Annual administration report of the Civil Veterinary Department of India - 1896-1897
Year: 1896
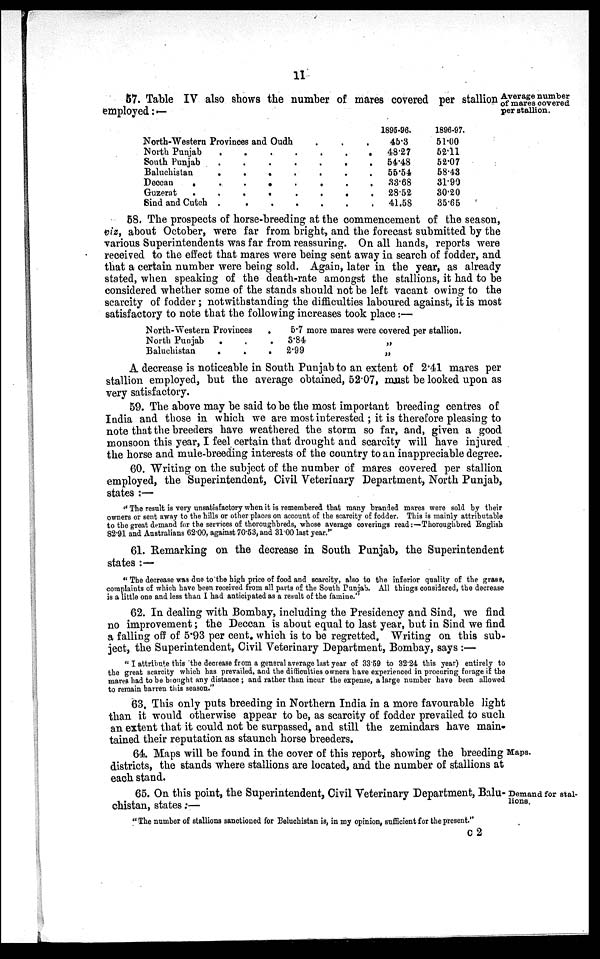
11
Average number
of mares covered
per stallion.
57. Table IV also shows the number of mares covered per stallion
employed:—
North-Western Provinces and Oudh . . . .
North Punjab
.
.
.
.
.
.
.
.
South Punjab . . . . . . . .
Baluchistan
.
.
.
.
.
.
.
.
Deccan
.
.
.
.
.
.
.
.
Guzerat
.
.
.
.
.
.
.
.
.
Sind and Cutch
.
.
.
.
.
.
.
.
1895-96.
45.3
48.27
54.48
55.54
33.68
28.52
41.58
1896-97.
51.00
52.11
52.07
58.43
31.90
30.20
35.65
58, The prospects of horse-breeding at the commencement of the season,
viz, about October, were far from bright, and the forecast submitted by the
various Superintendents was far from reassuring. On all hands, reports were
received to the effect that mares were being sent away in search of fodder, and
that a certain number were being sold. Again, later in the year, as already
stated, when speaking of the death-rate amongst the stallions, it had to be
considered whether some of the stands should not be left vacant owing to the
scarcity of fodder; notwithstanding the difficulties laboured against, it is most
satisfactory to note that the following increases took place:—
North-Western Provinces
.
North Punjab
.
.
.
Baluchistan
.
.
.
5.7 more mares were covered per stallion.
3.84 „
2.99 „
A decrease is noticeable in South Punjab to an extent of 2.41 mares per
stallion employed, but the average obtained, 52.07, must be looked upon as
very satisfactory.
59. The above may be said to be the most important breeding centres of
India and those in which we are most interested; it is therefore pleasing to
note that the breeders have weathered the storm so far, and, given a good
monsoon this year, I feel certain that drought and scarcity will have injured
the horse and mule-breeding interests of the country to an inappreciable degree.
60. Writing on the subject of the number of mares covered per stallion
employed, the Superintendent, Civil Veterinary Department, North Punjab,
states:—
"The result is very unsatisfactory when it is remembered that many branded mares were sold by their
owners or sent away to the hills or other places on account of the scarcity of fodder. This is mainly attributable
to the great demand for the services of thoroughbreds, whose average coverings read:—Thoroughbred English
82.91 and Australians 62.00, against 70.53, and 31.00 last year."
61. Remarking on the decrease in South Punjab, the Superintendent
states:—
"The decrease was due to the high price of food and scarcity, also to the inferior quality of the grass,
complaints of which have been received from all parts of the South Punjab. All things considered, the decrease
is a little one and less than I had anticipated as a result of the famine."
62. In dealing with Bombay, including the Presidency and Sind, we find
no improvement; the Deccan is about equal to last year, but in Sind we find
a falling off of 5.93 per cent. which is to be regretted, Writing on this sub-
ject, the Superintendent, Civil Veterinary Department, Bombay, says:—
"I attribute this the decrease from a general average last year of 33.59 to 32.24 this year) entirely to
the great scarcity which has prevailed, and the difficulties owners have experienced in procuring forage if the
mares had to be brought any distance; and rather than incur the expense, a large number have been allowed
to remain barren this season."
63. This only puts breeding in Northern India in a more favourable light
than it would otherwise appear to be, as scarcity of fodder prevailed to such
an extent that it could not be surpassed, and still the zemindars have main-
tained their reputation as staunch horse breeders.
Maps.
64. Maps will be found in the cover of this report, showing the breeding
districts, the stands where stallions are located, and the number of stallions at
each stand.
Demand for stal-
lions.
65. On this point, the Superintendent, Civil Veterinary Department, Balu-
chistan, states:—
"The number of stallions sanctioned for Beluchistan is, in my opinion, sufficient for the present."
c2